Indian Civil Veterinary Department memoirs
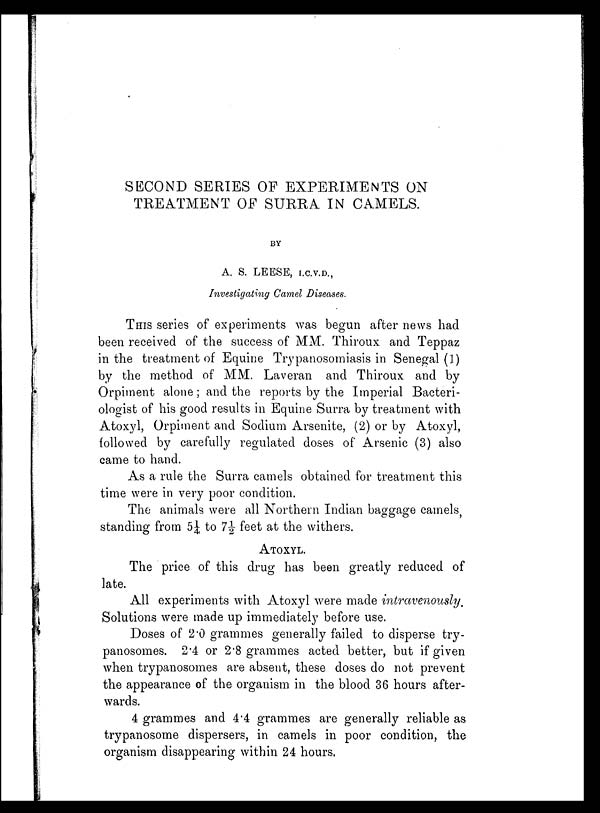
SECOND SERIES OF EXPERIMENTS ON
TREATMENT OF SURRA IN CAMELS.
BY
A. S. LEESE, I.C.V.D.,
Investigating Camel Diseases.
THIS series of experiments was begun after news had
been received of the success of MM. Thiroux and Teppaz
in the treatment of Equine Trypanosomiasis in Senegal (1)
by the method of MM. Laveran and Thiroux and by
Orpiment alone; and the reports by the Imperial Bacteri-
ologist of his good results in Equine Surra by treatment with
Atoxyl, Orpiment and Sodium Arsenite, (2) or by Atoxyl,
followed by carefully regulated doses of Arsenic (3) also
came to hand.
As a rule the Surra camels obtained for treatment this
time were in very poor condition.
The animals were all Northern Indian baggage camels,
standing from 5¼ to 7½ feet at the withers.
ATOXYL.
The price of this drug has been greatly reduced of
late.
All experiments with Atoxyl were made intravenously.
Solutions were made up immediately before use.
Doses of 2.0 grammes generally failed to disperse try-
panosomes. 2.4 or 2.8 grammes acted better, but if given
when trypanosomes are absent, these doses do not prevent
the appearance of the organism in the blood 36 hours after-
wards.
4 grammes and 4.4 grammes are generally reliable as
trypanosome dispersers, in camels in poor condition, the
organism disappearing within 24 hours.